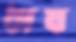
ঋষ